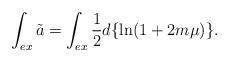
LaTeX: \begin{align*}\int_{ex}\tilde{a}=\int_{ex}\frac{1}{2}d\{\ln (1+2m\mu )\}. \end{align*}